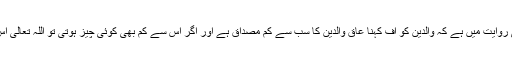
[7] امام صادق(ع) کی روایت میں ہے کہ والدین کو اف کہنا عاق والدین کا سب سے کم مصداق ہے اور اگر اس سے کم بھی کوئی چیز ہوتی تو اللہ تعالیٰ اس سے بھی منع فرماتا۔